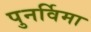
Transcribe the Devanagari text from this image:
पुनर्विमा